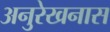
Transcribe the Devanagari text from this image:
अनुरेखनास